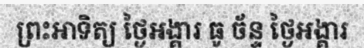
ព្រះអាទិត្យ ថ្ងៃអង្គារ ធូ ច័ន្ទ ថ្ងៃអង្គារ